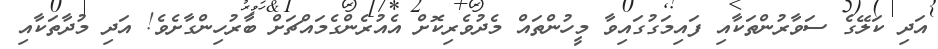
އަދި ކަލޭގެ ސަވާރުންތަކާއި ފައިމަގުގައިވާ މީހުންތައް މެދުވެރިކޮށް އެއުރެންގެމައްޗަށް ބާރުހިންގާށެވެ! އަދި މުދާތަކާއި